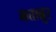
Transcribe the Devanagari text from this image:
मत्तान्नुर